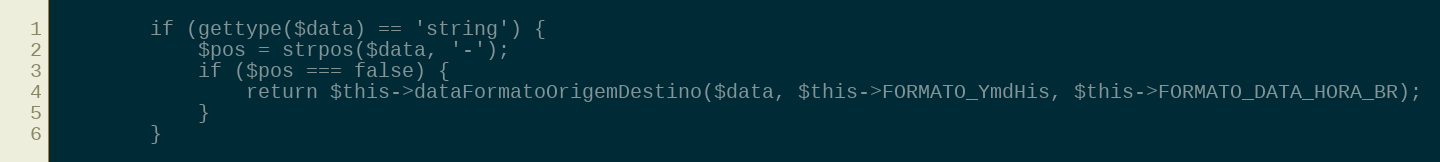
Language: PHP
        if (gettype($data) == 'string') {
            $pos = strpos($data, '-');
            if ($pos === false) {
                return $this->dataFormatoOrigemDestino($data, $this->FORMATO_YmdHis, $this->FORMATO_DATA_HORA_BR);
            }
        }